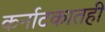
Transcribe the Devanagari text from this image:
कर्नाटकातही